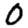
Digit: 0